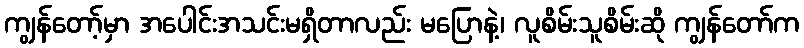
ကျွန်တော့်မှာ အပေါင်းအသင်းမရှိတာလည်း မပြောနဲ့၊ လူစိမ်းသူစိမ်းဆို ကျွန်တော်က